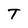
Character: T